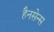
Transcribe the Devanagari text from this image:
हैनसेन्स